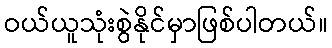
ဝယ်ယူသုံးစွဲနိုင်မှာဖြစ်ပါတယ်။